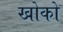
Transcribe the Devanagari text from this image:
खोको